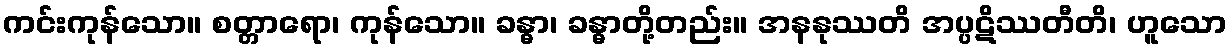
ကင်းကုန်သော။ စတ္တာရော၊ ကုန်သော။ ခန္ဓာ၊ ခန္ဓာတို့တည်း။ အနနုဿတိ အပ္ပဋိဿတီတိ၊ ဟူသော